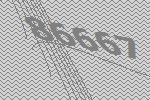
86667